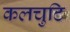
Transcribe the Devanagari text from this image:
कलचुटि